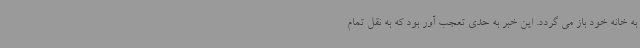
به خانه خود باز می گردد. این خبر به حدی تعجب آور بود که به نقل تمام